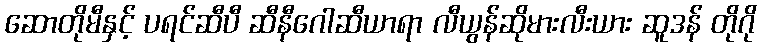
ဆောတိုမီနှင့် ပရင်ဆီပီ ဆီနီဂေါဆီယာရာ လီယွန်ဆိုမားလီးယား ဆူဒန် တိုဂို